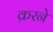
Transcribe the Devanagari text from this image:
क्ररने